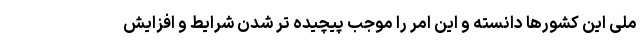
ملی این کشورها دانسته و این امر را موجب پیچیده تر شدن شرایط و افزایش